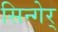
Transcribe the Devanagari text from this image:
सिन्गेर्